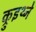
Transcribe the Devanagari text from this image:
क्रुइथ्ने